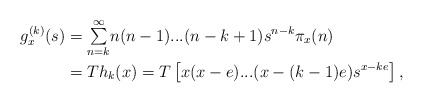
\begin{align*}g_{x}^{(k)}(s) & ={\textstyle\sum\limits_{n=k}^{\infty}}n(n-1)...(n-k+1)s^{n-k}\pi_{x}(n)\\& =Th_{k}(x)=T\left[ x(x-e)...(x-(k-1)e)s^{x-ke}\right] ,\end{align*}